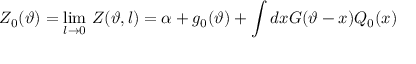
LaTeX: Z _ { 0 } ( \vartheta ) = \operatorname * { l i m } _ { l \rightarrow 0 } \, Z ( \vartheta , l ) = \alpha + g _ { 0 } ( \vartheta ) + \displaystyle \int d x G ( \vartheta - x ) { \cal Q } _ { 0 } ( x )